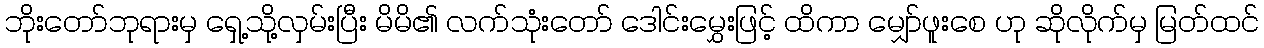
ဘိုးတော်ဘုရားမှ ရှေ့သို့လှမ်းပြီး မိမိ၏ လက်သုံးတော် ဒေါင်းမွှေးဖြင့် ထိကာ မျှော်ဖူးစေ ဟု ဆိုလိုက်မှ မြတ်ထင်